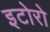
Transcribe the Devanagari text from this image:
इटोरो